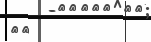
٨٦